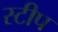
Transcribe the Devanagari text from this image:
स्टीप